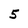
Character: 5